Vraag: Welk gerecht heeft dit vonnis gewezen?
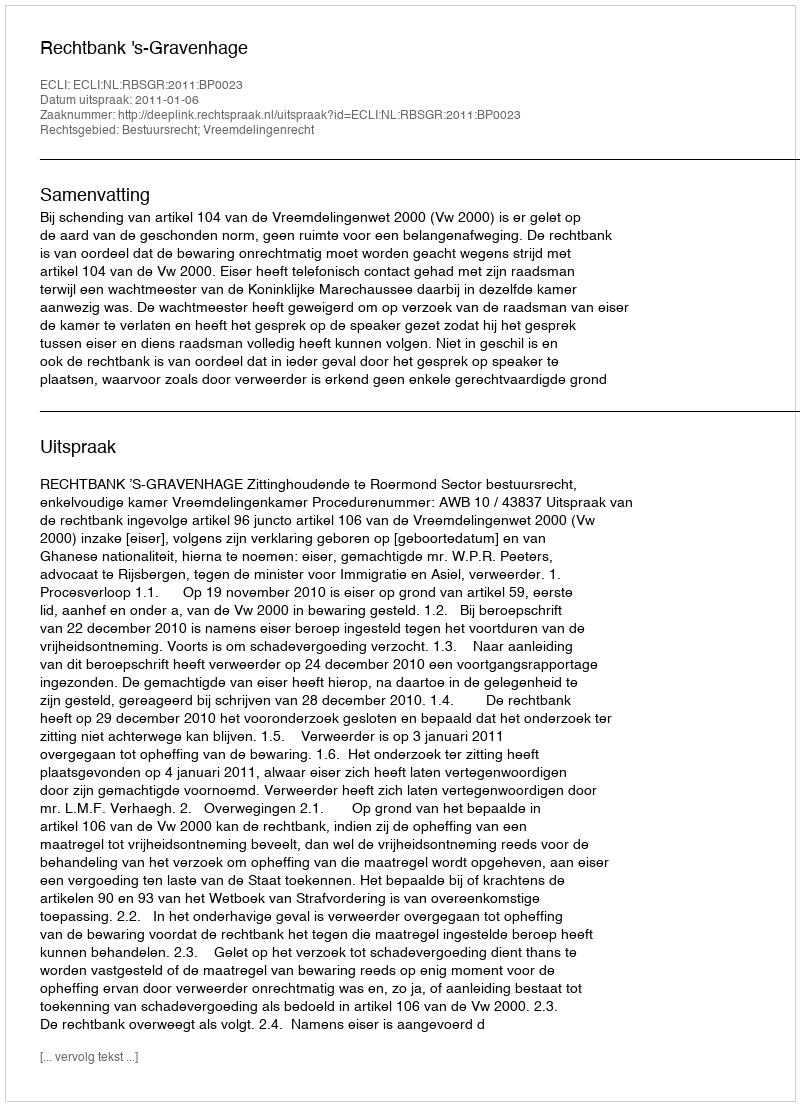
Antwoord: Rechtbank 's-Gravenhage